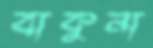
বাকুনা